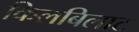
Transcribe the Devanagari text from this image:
किलबिलाट